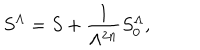
S ^ { \Lambda } = S + \frac { 1 } { \Lambda ^ { 2 n } } S _ { 0 } ^ { \Lambda } ,